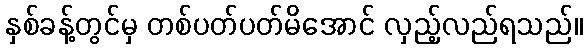
နှစ်ခန့်တွင်မှ တစ်ပတ်ပတ်မိအောင် လှည့်လည်ရသည်။